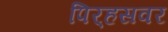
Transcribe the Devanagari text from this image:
पिर्‍हसवर